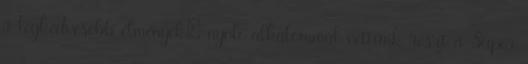
a legkedvesebb élmények: nyolc alkalommal vettünk részt a Super